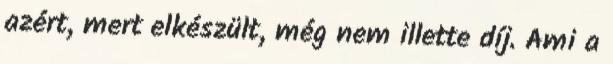
azért, mert elkészült, még nem illette díj. Ami a